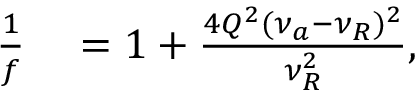
\begin{array} { r l } { \frac { 1 } { f } } & { { } = 1 + \frac { 4 Q ^ { 2 } ( \nu _ { a } - \nu _ { R } ) ^ { 2 } } { \nu _ { R } ^ { 2 } } , } \end{array}